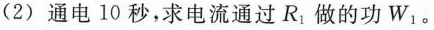
(2) 通电10秒，求电流通过R_{1}做的功W_{1}。